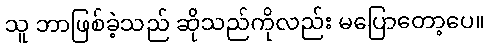
သူ ဘာဖြစ်ခဲ့သည် ဆိုသည်ကိုလည်း မပြောတော့ပေ။